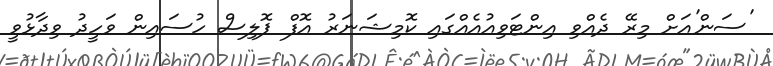
'ސަން'އަށް މިރޭ ދެއްވި އިންޓަވިއުއެއްގައި ކޮމިޝަނަރު އޮފް ޕޮލިސް ހުސައިން ވަހީދު ވިދާޅުވީ